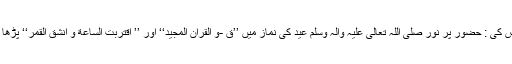
آپ نے عرض کی : حضور پُر نور صَلَّی اللہ تَعَالٰی عَلَیْہِ وَاٰلِہٖ وَسَلَّمَ عید کی نماز میں ’’قٓ ۫ۚ-وَ الْقُرْاٰنِ الْمَجِیْدِ‘‘ اور ’’ اِقْتَرَبَتِ السَّاعَةُ وَ انْشَقَّ الْقَمَرُ‘‘ پڑھا کرتے تھے۔